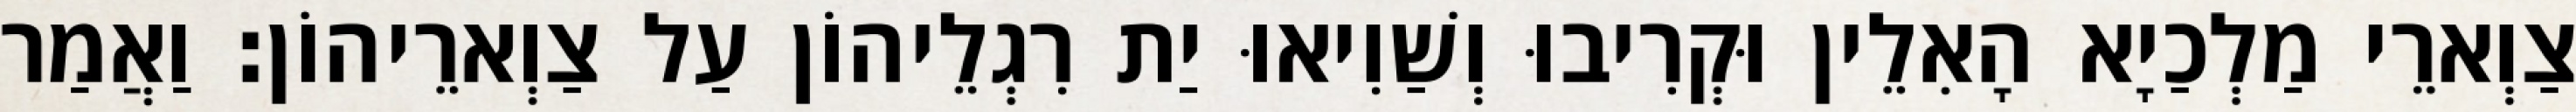
צַוְארֵי מַלְכַיָא הָאִלֵין וּקְרִיבוּ וְשַׁוִיאוּ יַת רִגְלֵיהוֹן עַל צַוְארֵיהוֹן׃ וַאֲמַר